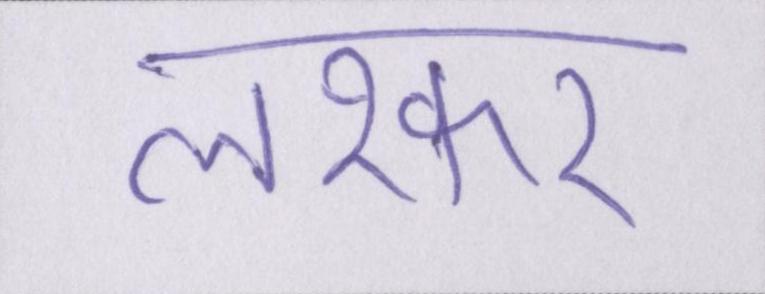
लश्कर